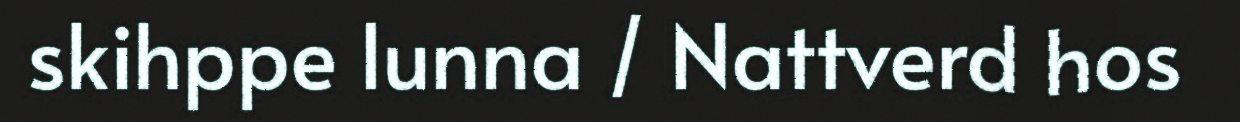
skihppe lunna / Nattverd hos